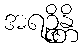
အရဉ္ဇိန္တိ